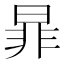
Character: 暃